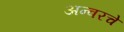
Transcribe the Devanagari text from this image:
अन्वरचे